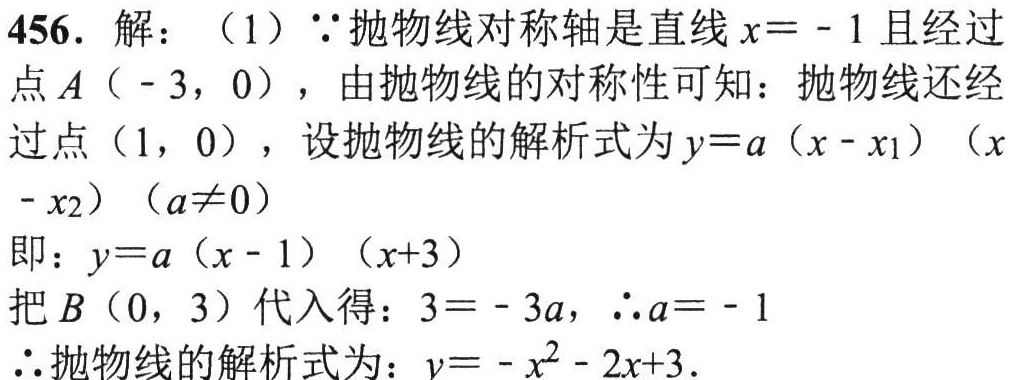
456. 解：（1）\(\because\)抛物线对称轴是直线\(x = - 1\)且经过点\(A(-3,0)\)，由抛物线的对称性可知：抛物线还经过点\((1,0)\)，设抛物线的解析式为\(y = a(x - x_1)(x - x_2)(a\neq0)\)
即：\(y = a(x - 1)(x + 3)\)
把\(B(0,3)\)代入得：\(3=-3a\)，\(\therefore a = - 1\)
\(\therefore\)抛物线的解析式为：\(y=-x^{2}-2x + 3\).